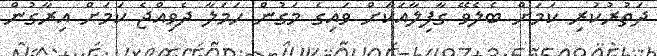
ދަތުރުކުރި ކަމަށް ބެލެވޭ ގާފިލާއަކަށް ވައިގެ މަގުން ހަމަލާ ދެވިއްޖެ ކަމަށް އިރާގުން